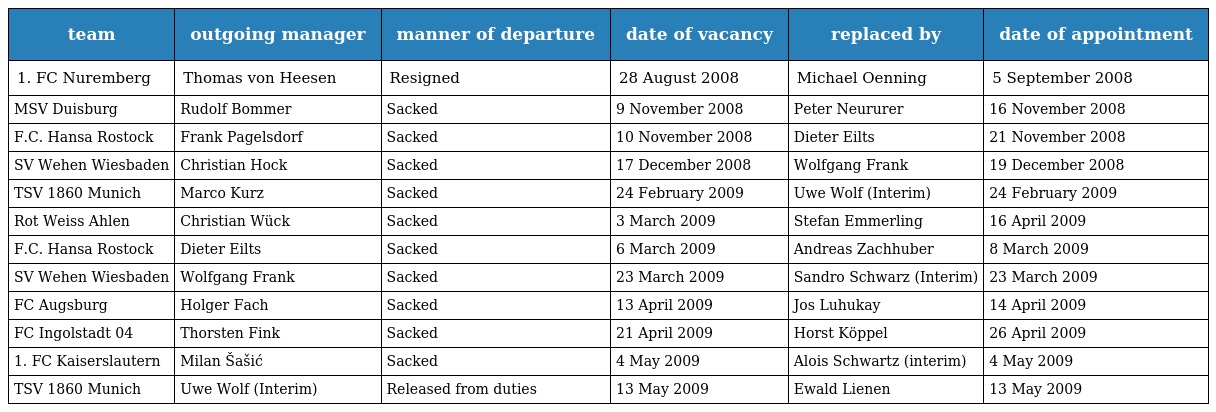
| team | outgoing manager | manner of departure | date of vacancy | replaced by | date of appointment |
 | --- | --- | --- | --- | --- | --- |
 | 1. FC Nuremberg | Thomas von Heesen | Resigned | 28 August 2008 | Michael Oenning | 5 September 2008 |
 | MSV Duisburg | Rudolf Bommer | Sacked | 9 November 2008 | Peter Neururer | 16 November 2008 |
 | F.C. Hansa Rostock | Frank Pagelsdorf | Sacked | 10 November 2008 | Dieter Eilts | 21 November 2008 |
 | SV Wehen Wiesbaden | Christian Hock | Sacked | 17 December 2008 | Wolfgang Frank | 19 December 2008 |
 | TSV 1860 Munich | Marco Kurz | Sacked | 24 February 2009 | Uwe Wolf (Interim) | 24 February 2009 |
 | Rot Weiss Ahlen | Christian Wück | Sacked | 3 March 2009 | Stefan Emmerling | 16 April 2009 |
 | F.C. Hansa Rostock | Dieter Eilts | Sacked | 6 March 2009 | Andreas Zachhuber | 8 March 2009 |
 | SV Wehen Wiesbaden | Wolfgang Frank | Sacked | 23 March 2009 | Sandro Schwarz (Interim) | 23 March 2009 |
 | FC Augsburg | Holger Fach | Sacked | 13 April 2009 | Jos Luhukay | 14 April 2009 |
 | FC Ingolstadt 04 | Thorsten Fink | Sacked | 21 April 2009 | Horst Köppel | 26 April 2009 |
 | 1. FC Kaiserslautern | Milan Šašić | Sacked | 4 May 2009 | Alois Schwartz (interim) | 4 May 2009 |
 | TSV 1860 Munich | Uwe Wolf (Interim) | Released from duties | 13 May 2009 | Ewald Lienen | 13 May 2009 |